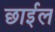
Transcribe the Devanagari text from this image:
छार्इल